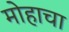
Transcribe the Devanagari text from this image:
मोहाचा